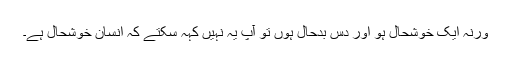
ورنہ ایک خوشحال ہو اور دس بدحال ہوں تو آپ یہ نہیں کہہ سکتے کہ انسان خوشحال ہے۔